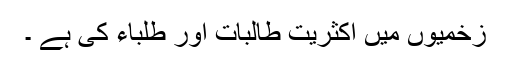
زخمیوں میں اکثریت طالبات اور طلباء کی ہے ۔